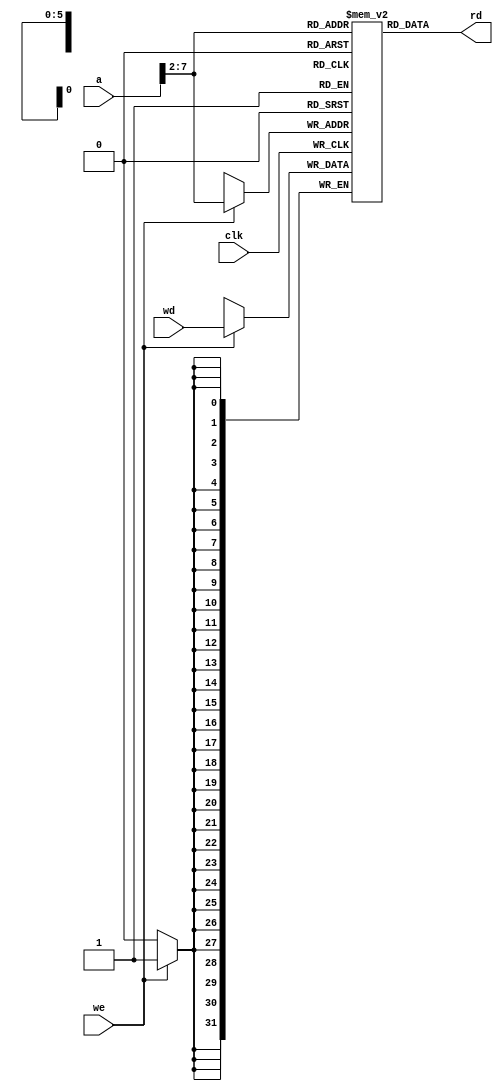
// External memories used by MIPS single-cycle processor

// Todo: Implement data memory
module dmem(input  clk, we,
            input   [31:0] a, wd,
            output  [31:0] rd);
reg [31:0] ROM [63:0];
// **PUT YOUR CODE HERE**
assign rd = ROM[a>>2];
always @ (posedge clk) begin
if (we == 1'b1) 
	ROM[a>>2] = wd;
end

endmodule


// Instruction memory (already implemented)
module imem(input   [5:0]  a,
            output  [31:0] rd);

  reg [31:0] RAM[63:0];

  initial
    begin
      $readmemh("C:/Users/ppguo/Desktop/memfile.dat",RAM); // initialize memory with test program. Change this with memfile2.dat for the modified code
    end

  assign rd = RAM[a]; // word aligned
endmodule